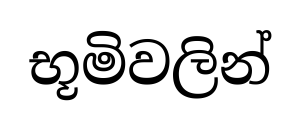
භූමිවලින්